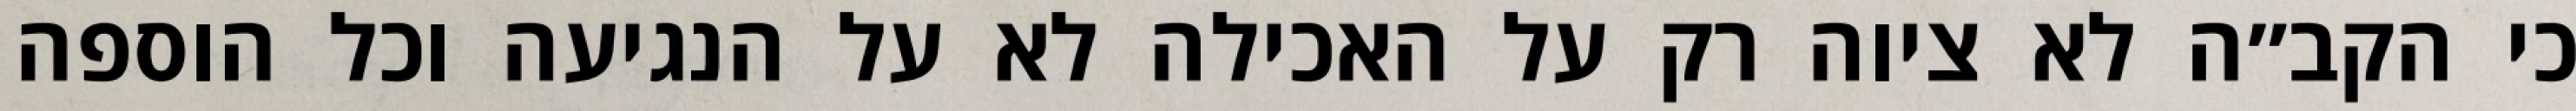
כי הקב״ה לא ציוה רק על האכילה לא על הנגיעה וכל הוספה